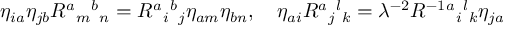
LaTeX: \eta _ { i a } \eta _ { j b } R ^ { a } { } _ { m } { } ^ { b } { } _ { n } = R ^ { a } { } _ { i } { } ^ { b } { } _ { j } \eta _ { a m } \eta _ { b n } , \quad \eta _ { a i } R ^ { a } { } _ { j } { } ^ { l } { } _ { k } = \lambda ^ { - 2 } R ^ { - 1 } { } ^ { a } { } _ { i } { } ^ { l } { } _ { k } \eta _ { j a }